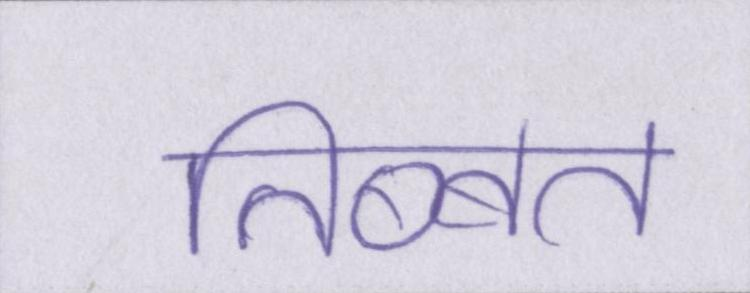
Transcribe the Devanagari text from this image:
तिब्बत